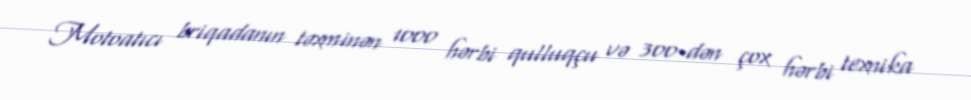
Motoatıcı briqadanın təxminən 1000 hərbi qulluqçu və 300-dən çox hərbi texnika